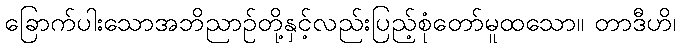
ခြောက်ပါးသောအဘိညာဉ်တို့နှင့်လည်းပြည့်စုံတော်မူထသော။ တာဒီဟိ၊